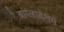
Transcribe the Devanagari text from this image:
बांग्लादेशमें